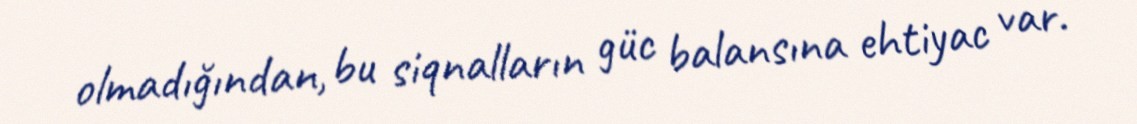
olmadığından, bu siqnalların güc balansına ehtiyac var.